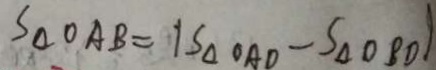
S _ { \Delta } O A B = 1 S _ { \Delta } O A D - S _ { \Delta } O B D )